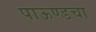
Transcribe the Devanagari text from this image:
पाऊण्डचा